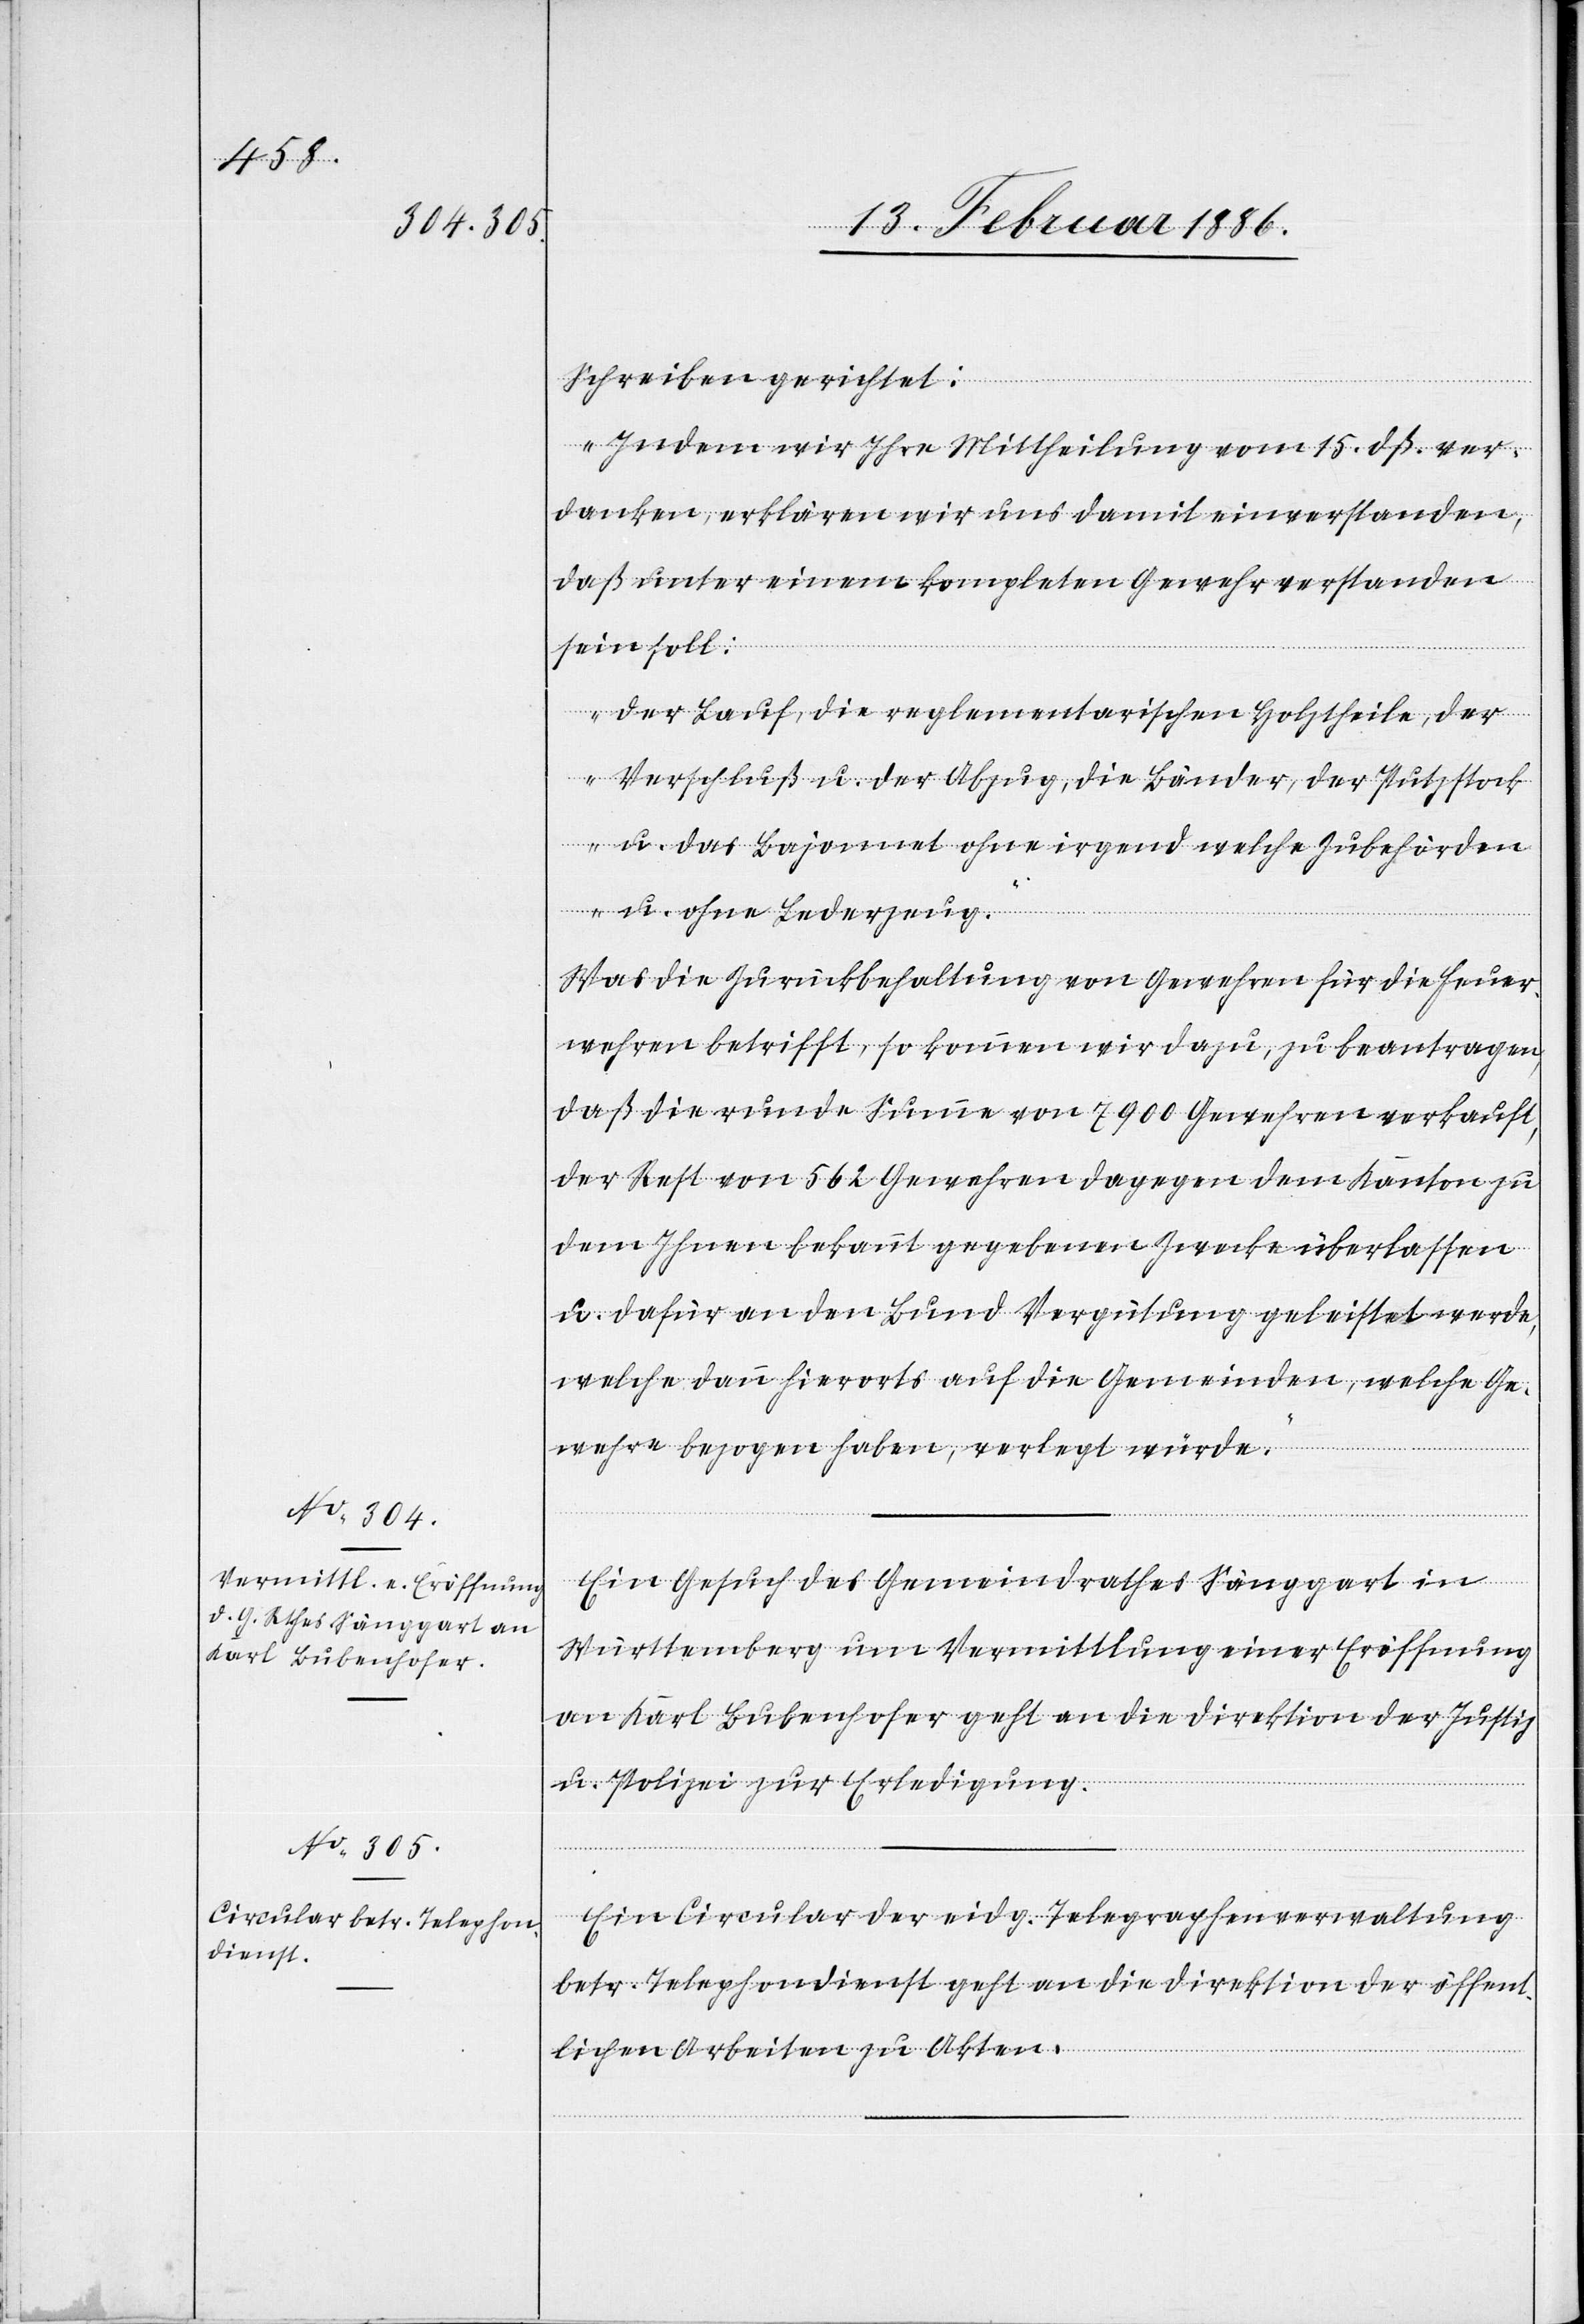
16. Februar 1886.]
Schreiben gerichtet:
„Indem wir Ihre Mittheilung vom 15. dß. ver¬
danken, erklären wir uns damit einverstanden,
daß unter einem kompleten Gewehr verstanden
sein soll:
Der Lauf, die reglementarischen Holztheile, der
Verschluß u. der Abzug, die Bänder, der Putzstock
u. das Bajonnet ohne irgend welche Zubehörden
u. ohne Lederzeug.
Was die Zurückbehaltung von Gewehren für die Feuer¬
wehren betrifft, so kommen wir dazu, zu beantragen,
daß die runde Summe von 7900 Gewehren verkauft,
der Rest von 562 Gewehren dagegen dem Kanton zu
dem Ihnen bekannt gegebenen Zwecke überlassen
u. dafür an den Bund Vergütung geleistet werde,
welche dann hierorts auf die Gemeinden, welche Ge¬
wehre bezogen haben, verlegt würde.“
Ein Gesuch des Gemeindrathes Sänggart in
Württemberg um Vermittlung einer Eröffnung
an Karl Bubenhofer geht an die Direktion der Justiz
u. Polizei zur Erledigung.
Ein Circular der eidg. Telegraphenverwaltung
betr. Telephondienst geht an die Direktion der öffent¬
lichen Arbeiten zu Akten.